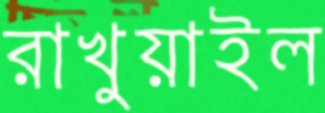
রাখুয়াইল